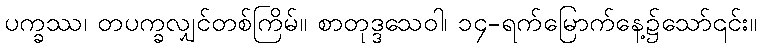
ပက္ခဿ၊ တပက္ခလျှင်တစ်ကြိမ်။ စာတုဒ္ဒသေဝါ၊ ၁၄-ရက်မြောက်နေ့၌သော်၎င်း။